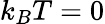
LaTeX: k_{B}T=0